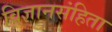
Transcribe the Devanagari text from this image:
विज्ञानसंहिता